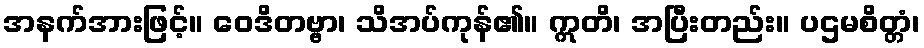
အနက်အားဖြင့်။ ဝေဒိတဗ္ဗာ၊ သိအပ်ကုန်၏။ ဣတိ၊ အပြီးတည်း။ ပဌမစိတ္တံ၊